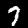
Digit: 7